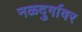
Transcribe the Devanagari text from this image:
नळदुर्गावर